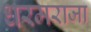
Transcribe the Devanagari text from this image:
धरमराजा